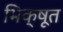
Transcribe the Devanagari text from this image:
भिक्षूत